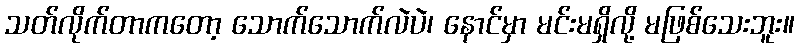
သတ်လိုက်တာကတော့ သောက်သောက်လဲပဲ၊ နောင်မှာ မင်းမရှိလို့ မဖြစ်သေးဘူး။